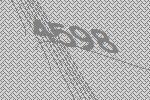
4598